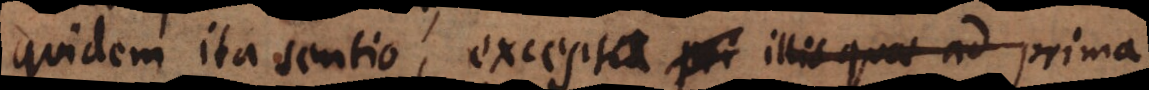
quidem ita sentio, exceptis pri illis quae ad prima